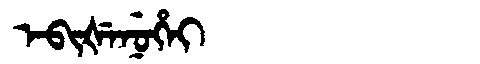
Manchu: ᡝᠪᡳᡧᡝᠨᡠᡥᡝᡳ
Romanization: EBIŠENUHEI